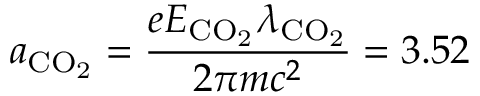
a _ { \mathrm { C O _ { 2 } } } = \frac { e E _ { \mathrm { C O _ { 2 } } } \lambda _ { \mathrm { C O _ { 2 } } } } { 2 \pi m c ^ { 2 } } = 3 . 5 2